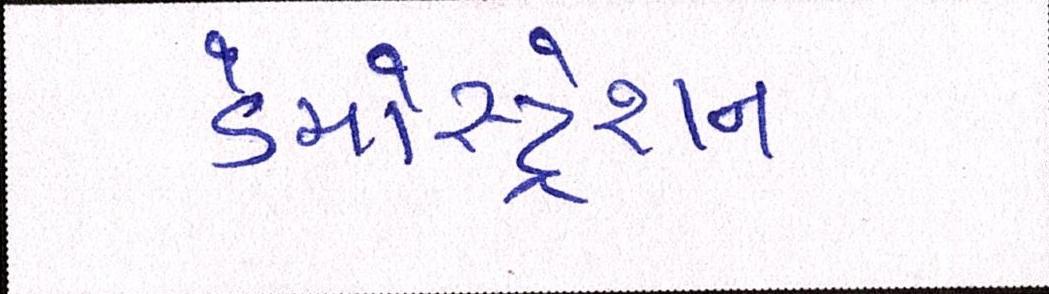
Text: ડેમોસ્ટ્રેશન